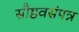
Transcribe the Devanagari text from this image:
सौष्ठवसंपन्न